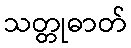
သတ္တုဓာတ်